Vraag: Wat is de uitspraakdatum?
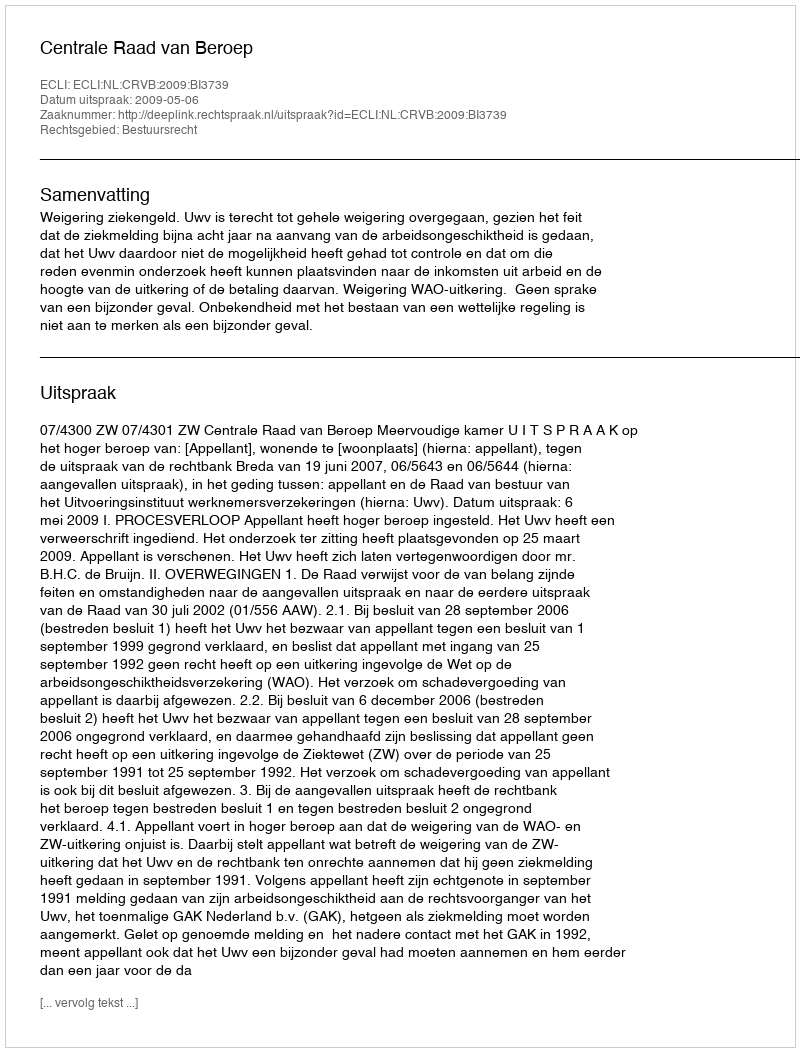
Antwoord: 2009-05-06